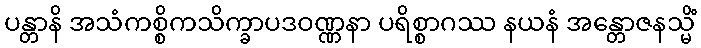
ပန္တာနိ အသံကစ္စိကသိက္ခာပဒဝဏ္ဏနာ ပရိစ္စာဂဿ နယနံ အန္တောဇနသ္မိံ